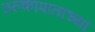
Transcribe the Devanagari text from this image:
उल्कापातांच्या